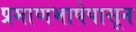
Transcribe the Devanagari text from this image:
प्रमाणभाषेपासून